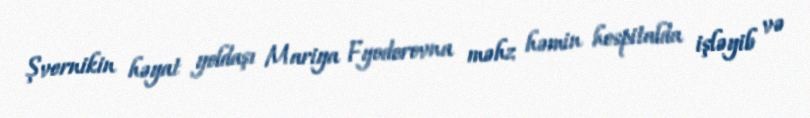
Şvernikin həyat yoldaşı Mariya Fyodorovna məhz həmin hospitalda işləyib və